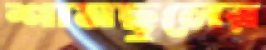
শামছুলের